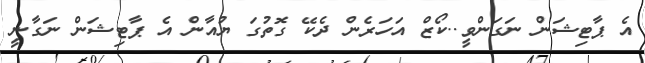
އެ ޕާޓިޝަން ނަގަންވީ..ކޯޒް އަހަރެން ދެކޭ ގޮތުގަ ޔުއާން އެ ޕާޓިޝަން ނަގާނީ